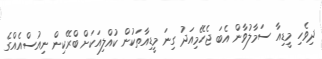
ދިވެހި މީޑިއާ ސަމާލުވާން އެބަ ޖެހޭމިއަދު ގިނަ މީޑިއާތަކުން ކުއްލިއަކަށް ބްރޭކިން ނިއުސްއެއްގެ